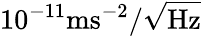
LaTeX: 10^{-11}\mathrm{ms^{-2}/\sqrt{Hz}}